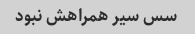
سس سیر همراهش نبود